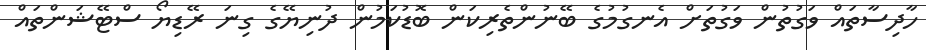
ހާދިސާތައް ވަގުތުން ވަގުތަށް އެނގުމުގެ ބޭނުންތެރިކަން ބޮޑުކަމުން ދުނިޔޭގެ ގިނަ ރޭޑިޔޯ ސްޓޭޝަންތައް